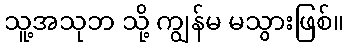
သူ့အသုဘ သို့ ကျွန်မ မသွားဖြစ်။